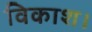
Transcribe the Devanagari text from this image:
विकाश।